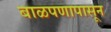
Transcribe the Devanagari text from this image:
बाळपणापासून